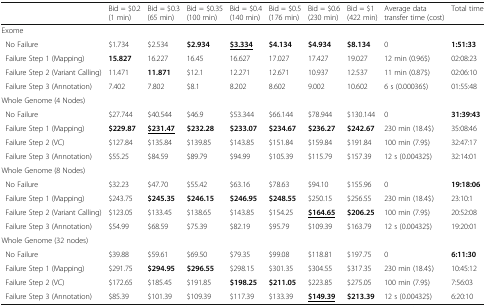
<table><thead><tr><td></td><td><b>Bid = $0.2 (1 min)</b></td><td><b>Bid = $0.3 (65 min)</b></td><td><b>Bid = $0.35 (100 min)</b></td><td><b>Bid = $0.4 (140 min)</b></td><td><b>Bid = $0.5 (176 min)</b></td><td><b>Bid = $0.6 (230 min)</b></td><td><b>Bid = $1 (422 min)</b></td><td><b>Average data transfer time (cost)</b></td><td><b>Total time</b></td></tr></thead><tbody><tr><td colspan="10">Exome</td></tr><tr><td> No Failure</td><td>$1.734</td><td>$2.534</td><td><b>$2.934</b></td><td><b><underline>$3.334</underline></b></td><td><b>$4.134</b></td><td><b>$4.934</b></td><td><b>$8.134</b></td><td>0</td><td><b>1:51:33</b></td></tr><tr><td> Failure Step 1 (Mapping)</td><td><b>15.827</b></td><td>16.227</td><td>16.45</td><td>16.627</td><td>17.027</td><td>17.427</td><td>19.027</td><td>12 min (0.96$)</td><td>02:08:23</td></tr><tr><td> Failure Step 2 (Variant Calling)</td><td>11.471</td><td><b>11.871</b></td><td>$12.1</td><td>12.271</td><td>12.671</td><td>10.937</td><td>12.537</td><td>11 min (0.87$)</td><td>02:06:10</td></tr><tr><td> Failure Step 3 (Annotation)</td><td>7.402</td><td>7.802</td><td>$8.1</td><td>8.202</td><td>8.602</td><td>9.002</td><td>10.602</td><td>6 s (0.00036$)</td><td>01:55:48</td></tr><tr><td colspan="10">Whole Genome (4 Nodes)</td></tr><tr><td> No Failure</td><td>$27.744</td><td>$40.544</td><td>$46.9</td><td>$53.344</td><td>$66.144</td><td>$78.944</td><td>$130.144</td><td>0</td><td><b>31:39:43</b></td></tr><tr><td> Failure Step 1 (Mapping)</td><td><b>$229.87</b></td><td><b><underline>$231.47</underline></b></td><td><b>$232.28</b></td><td><b>$233.07</b></td><td><b>$234.67</b></td><td><b>$236.27</b></td><td><b>$242.67</b></td><td>230 min (18.4$)</td><td>35:08:46</td></tr><tr><td> Failure Step 2 (VC)</td><td>$127.84</td><td>$135.84</td><td>$139.85</td><td>$143.85</td><td>$151.84</td><td>$159.84</td><td>$191.84</td><td>100 min (7.9$)</td><td>32:47:17</td></tr><tr><td> Failure Step 3 (Annotation)</td><td>$55.25</td><td>$84.59</td><td>$89.79</td><td>$94.99</td><td>$105.39</td><td>$115.79</td><td>$157.39</td><td>12 s (0.00432$)</td><td>32:14:01</td></tr><tr><td colspan="10">Whole Genome (8 Nodes)</td></tr><tr><td> No Failure</td><td>$32.23</td><td>$47.70</td><td>$55.42</td><td>$63.16</td><td>$78.63</td><td>$94.10</td><td>$155.96</td><td>0</td><td><b>19:18:06</b></td></tr><tr><td> Failure Step 1 (Mapping)</td><td>$243.75</td><td><b>$245.35</b></td><td><b>$246.15</b></td><td><b>$246.95</b></td><td><b>$248.55</b></td><td>$250.15</td><td>$256.55</td><td>230 min (18.4$)</td><td>23:10:1</td></tr><tr><td> Failure Step 2 (Variant Calling)</td><td>$123.05</td><td>$133.45</td><td>$138.65</td><td>$143.85</td><td>$154.25</td><td><b><underline>$164.65</underline></b></td><td><b>$206.25</b></td><td>100 min (7.9$)</td><td>20:52:08</td></tr><tr><td> Failure Step 3 (Annotation)</td><td>$54.99</td><td>$68.59</td><td>$75.39</td><td>$82.19</td><td>$95.79</td><td>$109.39</td><td>$163.79</td><td>12 s (0.00432$)</td><td>19:20:01</td></tr><tr><td colspan="10">Whole Genome (32 nodes)</td></tr><tr><td> No Failure</td><td>$39.88</td><td>$59.61</td><td>$69.50</td><td>$79.35</td><td>$99.08</td><td>$118.81</td><td>$197.75</td><td>0</td><td><b>6:11:30</b></td></tr><tr><td> Failure Step 1 (Mapping)</td><td>$291.75</td><td><b>$294.95</b></td><td><b>$296.55</b></td><td>$298.15</td><td>$301.35</td><td>$304.55</td><td>$317.35</td><td>230 min (18.4$)</td><td>10:45:12</td></tr><tr><td> Failure Step 2 (VC)</td><td>$172.65</td><td>$185.45</td><td>$191.85</td><td><b>$198.25</b></td><td><b>$211.05</b></td><td>$223.85</td><td>$275.05</td><td>100 min (7.9$)</td><td>7:56:03</td></tr><tr><td> Failure Step 3 (Annotation)</td><td>$85.39</td><td>$101.39</td><td>$109.39</td><td>$117.39</td><td>$133.39</td><td><b><underline>$149.39</underline></b></td><td><b>$213.39</b></td><td>12 s (0.00432$)</td><td>6:20:10</td></tr></tbody></table>